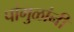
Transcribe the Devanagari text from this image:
पांगुळांनी